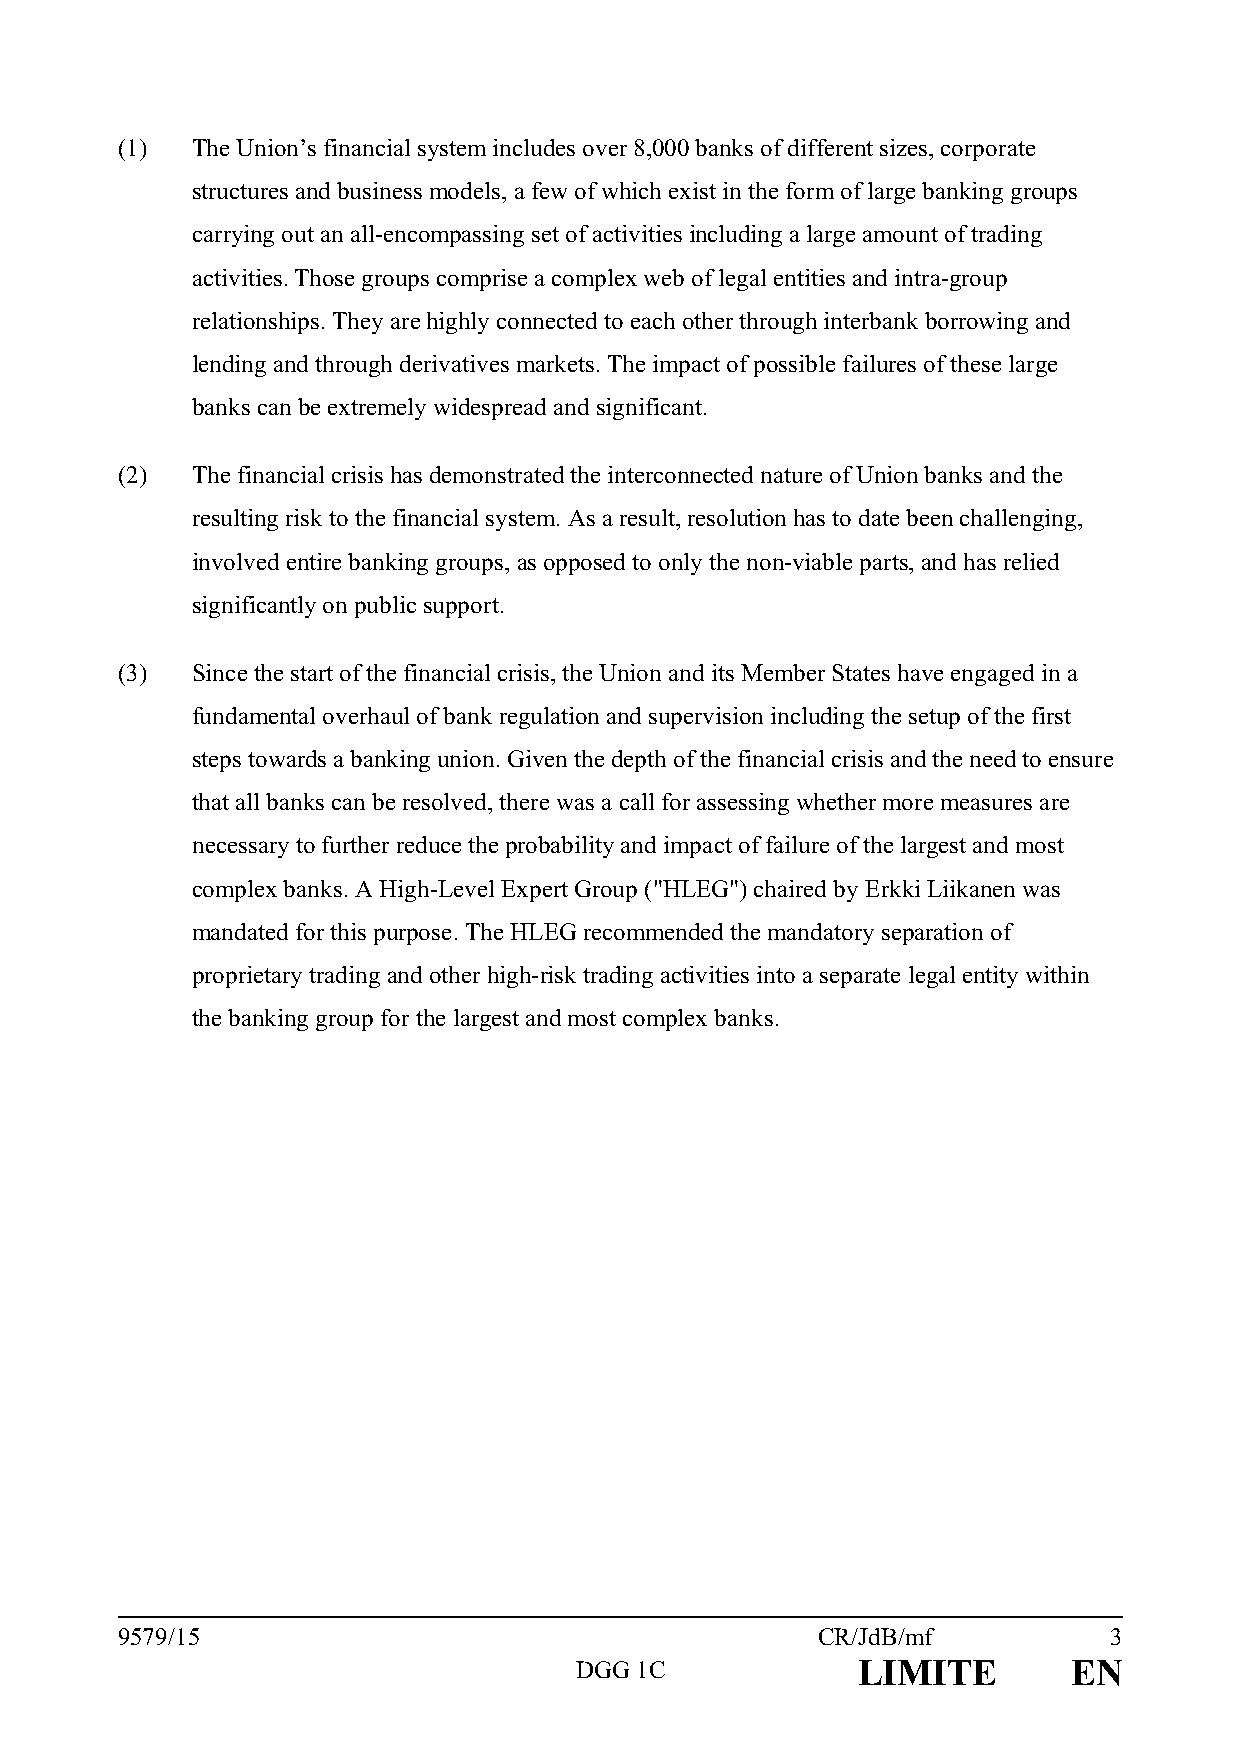
(1)  The Union’s financial system includes over 8,000 banks of different sizes, corporate
 structures and business models, a few of which exist in the form of large banking groups
 carrying out an all-encompassing set of activities including a large amount of trading
 activities. Those groups comprise a complex web of legal entities and intra-group
 relationships. They are highly connected to each other through interbank borrowing and
 lending and through derivatives markets. The impact of possible failures of these large
 banks can be extremely widespread and significant.
 (2)  The financial crisis has demonstrated the interconnected nature of Union banks and the
 resulting risk to the financial system. As a result, resolution has to date been challenging,
 involved entire banking groups, as opposed to only the non-viable parts, and has relied
 significantly on public support.
 (3)  Since the start of the financial crisis, the Union and its Member States have engaged in a
 fundamental overhaul of bank regulation and supervision including the setup of the first
 steps towards a banking union. Given the depth of the financial crisis and the need to ensure
 that all banks can be resolved, there was a call for assessing whether more measures are
 necessary to further reduce the probability and impact of failure of the largest and most
 complex banks. A High-Level Expert Group ("HLEG") chaired by Erkki Liikanen was
 mandated for this purpose. The HLEG recommended the mandatory separation of
 proprietary trading and other high-risk trading activities into a separate legal entity within
 the banking group for the largest and most complex banks.
 9579/15                                       CR/JdB/mf          3
 DGG 1C             LIMITE        EN